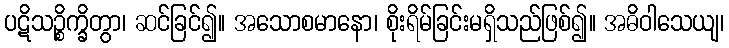
ပဋိသဉ္စိက္ခိတွာ၊ ဆင်ခြင်၍။ အသောစမာနော၊ စိုးရိမ်ခြင်းမရှိသည်ဖြစ်၍။ အဓိဝါသေယျ၊